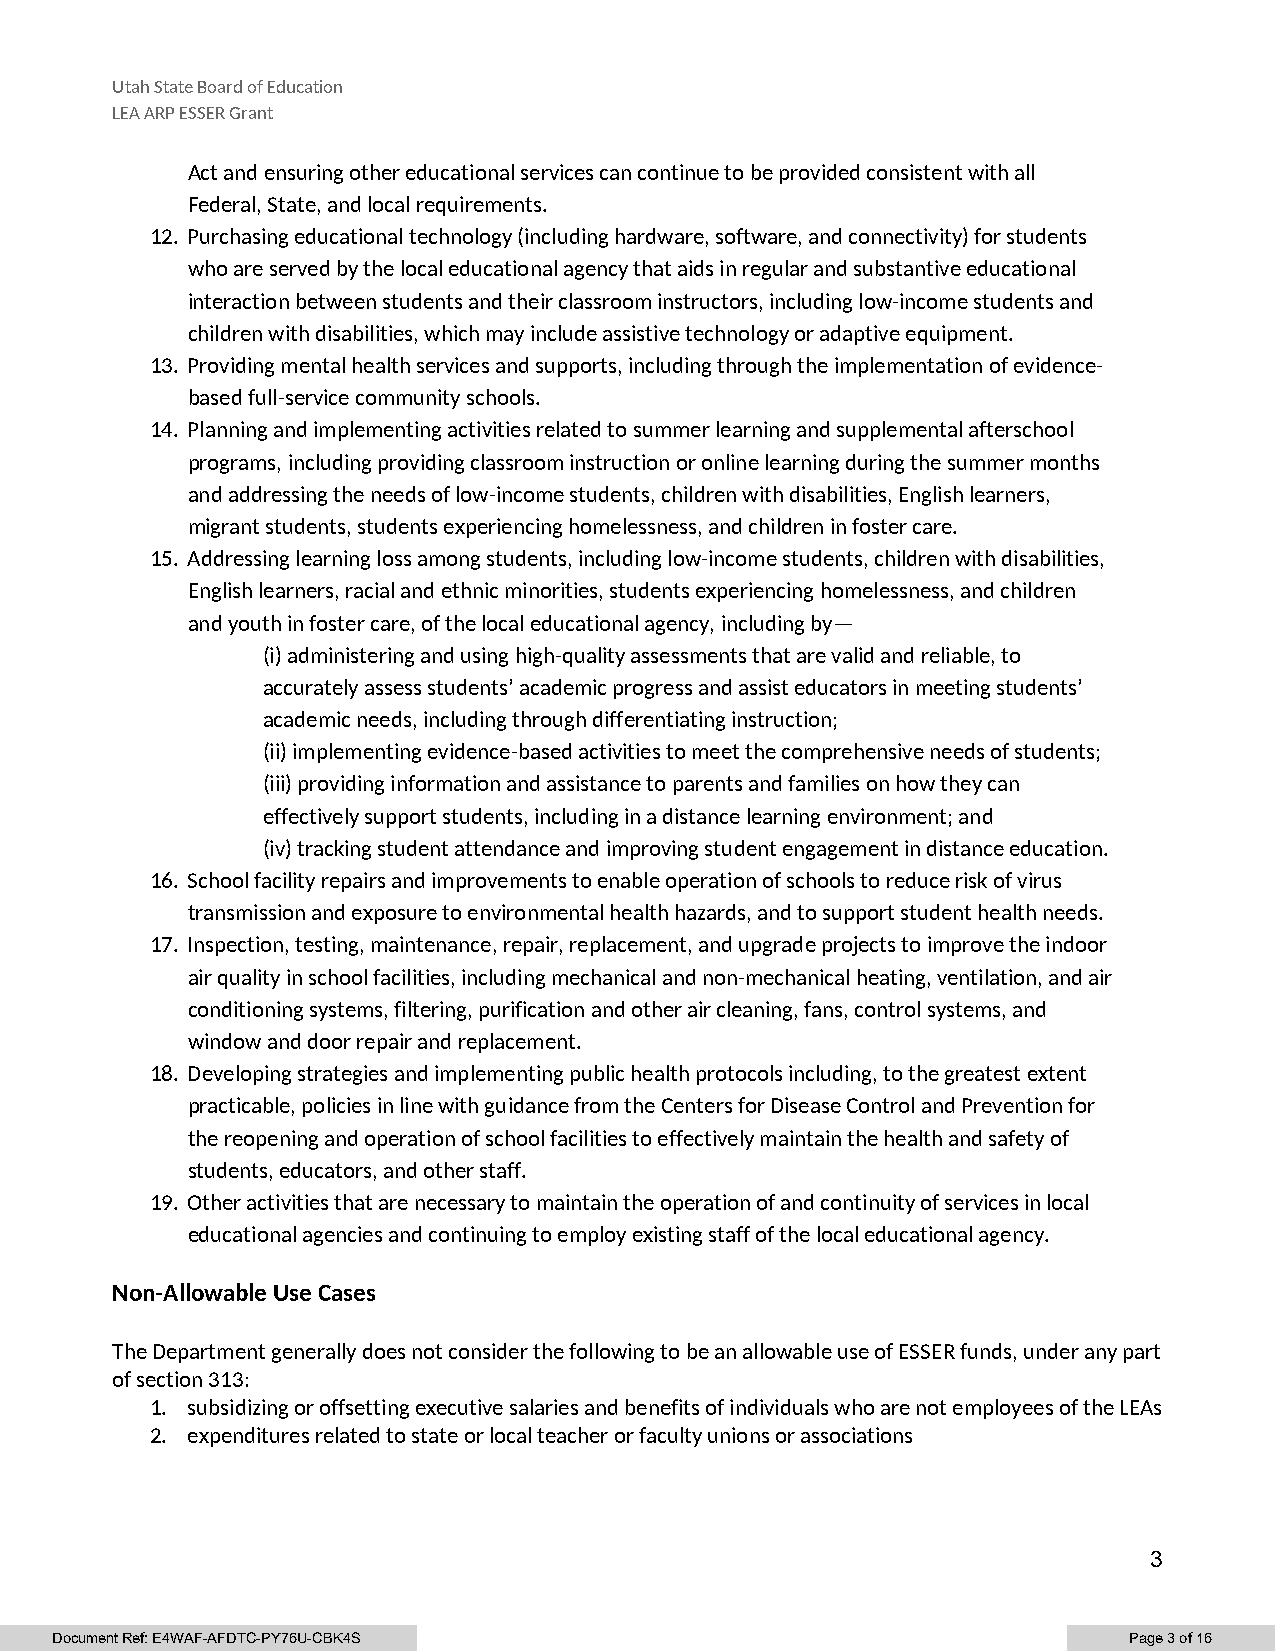
Utah State Board of Education
 LEA ARP ESSER Grant
 Act and ensuring other educational services can continue to be provided consistent with all
 Federal, State, and local requirements.
 12. Purchasing educational technology (including hardware, software, and connectivity) for students
 who are served by the local educational agency that aids in regular and substantive educational
 interaction between students and their classroom instructors, including low-income students and
 children with disabilities, which may include assistive technology or adaptive equipment.
 13. Providing mental health services and supports, including through the implementation of evidence-
 based full-service community schools.
 14. Planning and implementing activities related to summer learning and supplemental afterschool
 programs, including providing classroom instruction or online learning during the summer months
 and addressing the needs of low-income students, children with disabilities, English learners,
 migrant students, students experiencing homelessness, and children in foster care.
 15. Addressing learning loss among students, including low-income students, children with disabilities,
 English learners, racial and ethnic minorities, students experiencing homelessness, and children
 and youth in foster care, of the local educational agency, including by—
 (i) administering and using high-quality assessments that are valid and reliable, to
 accurately assess students’ academic progress and assist educators in meeting students’
 academic needs, including through differentiating instruction;
 (ii) implementing evidence-based activities to meet the comprehensive needs of students;
 (iii) providing information and assistance to parents and families on how they can
 effectively support students, including in a distance learning environment; and
 (iv) tracking student attendance and improving student engagement in distance education.
 16. School facility repairs and improvements to enable operation of schools to reduce risk of virus
 transmission and exposure to environmental health hazards, and to support student health needs.
 17. Inspection, testing, maintenance, repair, replacement, and upgrade projects to improve the indoor
 air quality in school facilities, including mechanical and non-mechanical heating, ventilation, and air
 conditioning systems, filtering, purification and other air cleaning, fans, control systems, and
 window and door repair and replacement.
 18. Developing strategies and implementing public health protocols including, to the greatest extent
 practicable, policies in line with guidance from the Centers for Disease Control and Prevention for
 the reopening and operation of school facilities to effectively maintain the health and safety of
 students, educators, and other staff.
 19. Other activities that are necessary to maintain the operation of and continuity of services in local
 educational agencies and continuing to employ existing staff of the local educational agency.
 Non-Allowable Use Cases
 The Department generally does not consider the following to be an allowable use of ESSER funds, under any part
 of section 313:
 1. subsidizing or offsetting executive salaries and benefits of individuals who are not employees of the LEAs
 2. expenditures related to state or local teacher or faculty unions or associations
 3
 Document Ref: E4WAF-AFDTC-PY76U-CBK4S                                   Page 3 of 16